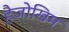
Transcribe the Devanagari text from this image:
हैजोखिम